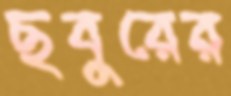
ছবুরের